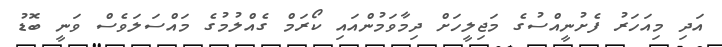
އަދި މިއަހަރު ފެށުނީއްސުގެ މަޖިލީހަށް ދިމާވަމުންއައި ކޯރަމް ގެއްލުމުގެ މައްސަލަވެސް ވަނީ ބޮޑު